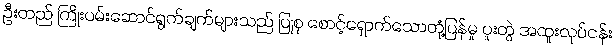
ဦးတည် ကြိုးပမ်းဆောင်ရွက်ချက်များသည် ပြုစု စောင့်ရှောက်သောတုံ့ပြန်မှု ပူးတွဲ အထူးလုပ်ငန်း